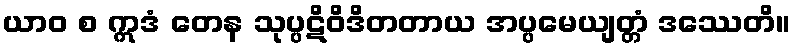
ယာဝ စ ဣဒံ တေန သုပ္ပဋိဝိဒိတတာယ အပ္ပမေယျတ္တံ ဒဿေတိ။